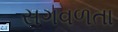
સગવળતા